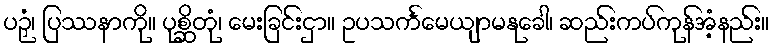
ပဉှံ၊ ပြဿနာကို။ ပုစ္ဆိတုံ၊ မေးခြင်းငှာ။ ဥပသင်္ကမေယျာမနုခေါ၊ ဆည်းကပ်ကုန်အံ့နည်း။